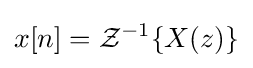
x[n]={\mathcal {Z}}^{-1}\{X(z)\}